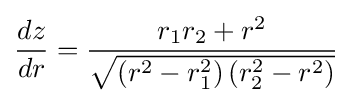
{\frac {dz}{dr}}={\frac {r_{1}r_{2}+r^{2}}{\sqrt {\left(r^{2}-r_{1}^{2}\right)\left(r_{2}^{2}-r^{2}\right)}}}